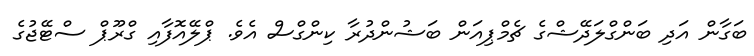
ބަގާން އަދި ބަންގްލަދޭޝްގެ ޗެމްޕިއަން ބަޝުންދުރާ ކިންގްސް އެވެ. ޕްލޭއޮފާއި ގްރޫޕް ސްޓޭޖުގެ